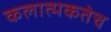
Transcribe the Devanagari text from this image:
कलात्मकतेच